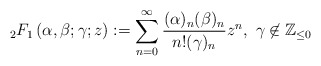
\begin{align*}_{2}F_{1}\left(\alpha,\beta;\gamma;z\right):=\sum_{n=0}^{\infty}\frac{(\alpha)_{n}(\beta)_{n}}{n!(\gamma)_{n}}z^{n},\ \gamma\not\in \mathbb{Z}_{\leq 0}\end{align*}